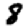
Digit: 8